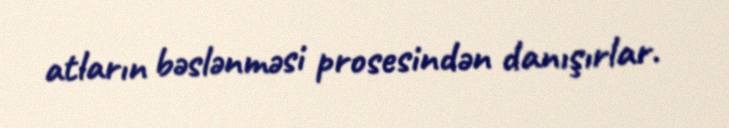
atların bəslənməsi prosesindən danışırlar.